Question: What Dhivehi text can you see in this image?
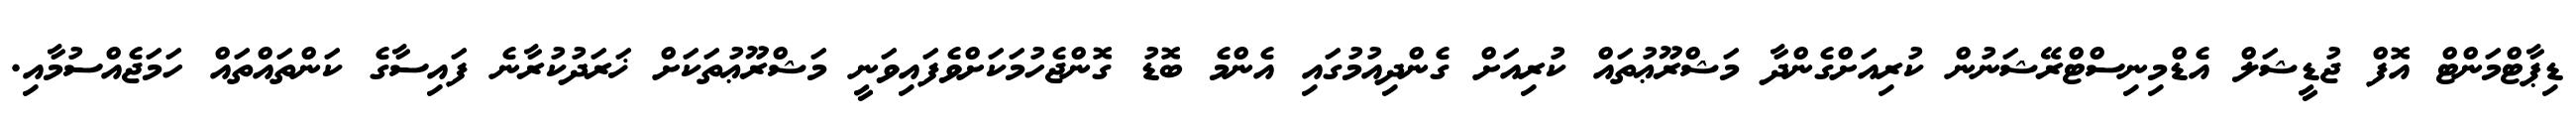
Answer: ޑިޕާޓްމަންޓް އޮފް ޖުޑީޝަލް އެޑްމިނިސްޓްރޭޝަނުން ކުރިއަށްގެންދާ މަޝްރޫޢުތައް ކުރިއަށް ގެންދިއުމުގައި އެންމެ ބޮޑު ގޮންޖެހުމަކަށްވެފައިވަނީ މަޝްރޫޢުތަކަށް ޚަރަދުކުރާނެ ފައިސާގެ ކަންތައްތައް ހަމަޖެއްސުމާއި.